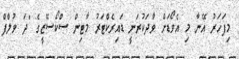
މިފަހަރު އޭނާ މި އެވޯޑަށް ވާދަކުރަނީ ޑައިރެކްޓަރު މާޓިން ސްކޯސޭޒީގެ "ދަ ވުލްފް